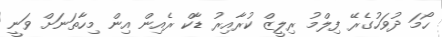
ހޯމަ ދުވަހުގެރޭ ފިލްމު ރިލީޒް ކުރާއިރު ޑާކް ރެއިން އިން މިހާތަނަށް ވަނީ